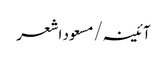
آئینہ/مسعود اشعر